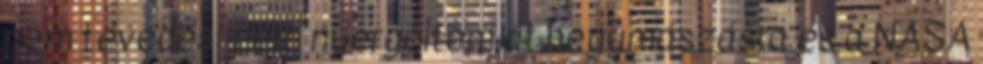
nem tévedés: nem nyergeltem át hegymászásra és a NASA